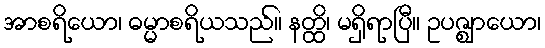
အာစရိယော၊ ဓမ္မာစရိယသည်။ နတ္ထိ၊ မရှိရာပြီ။ ဥပဇ္ဈာယော၊